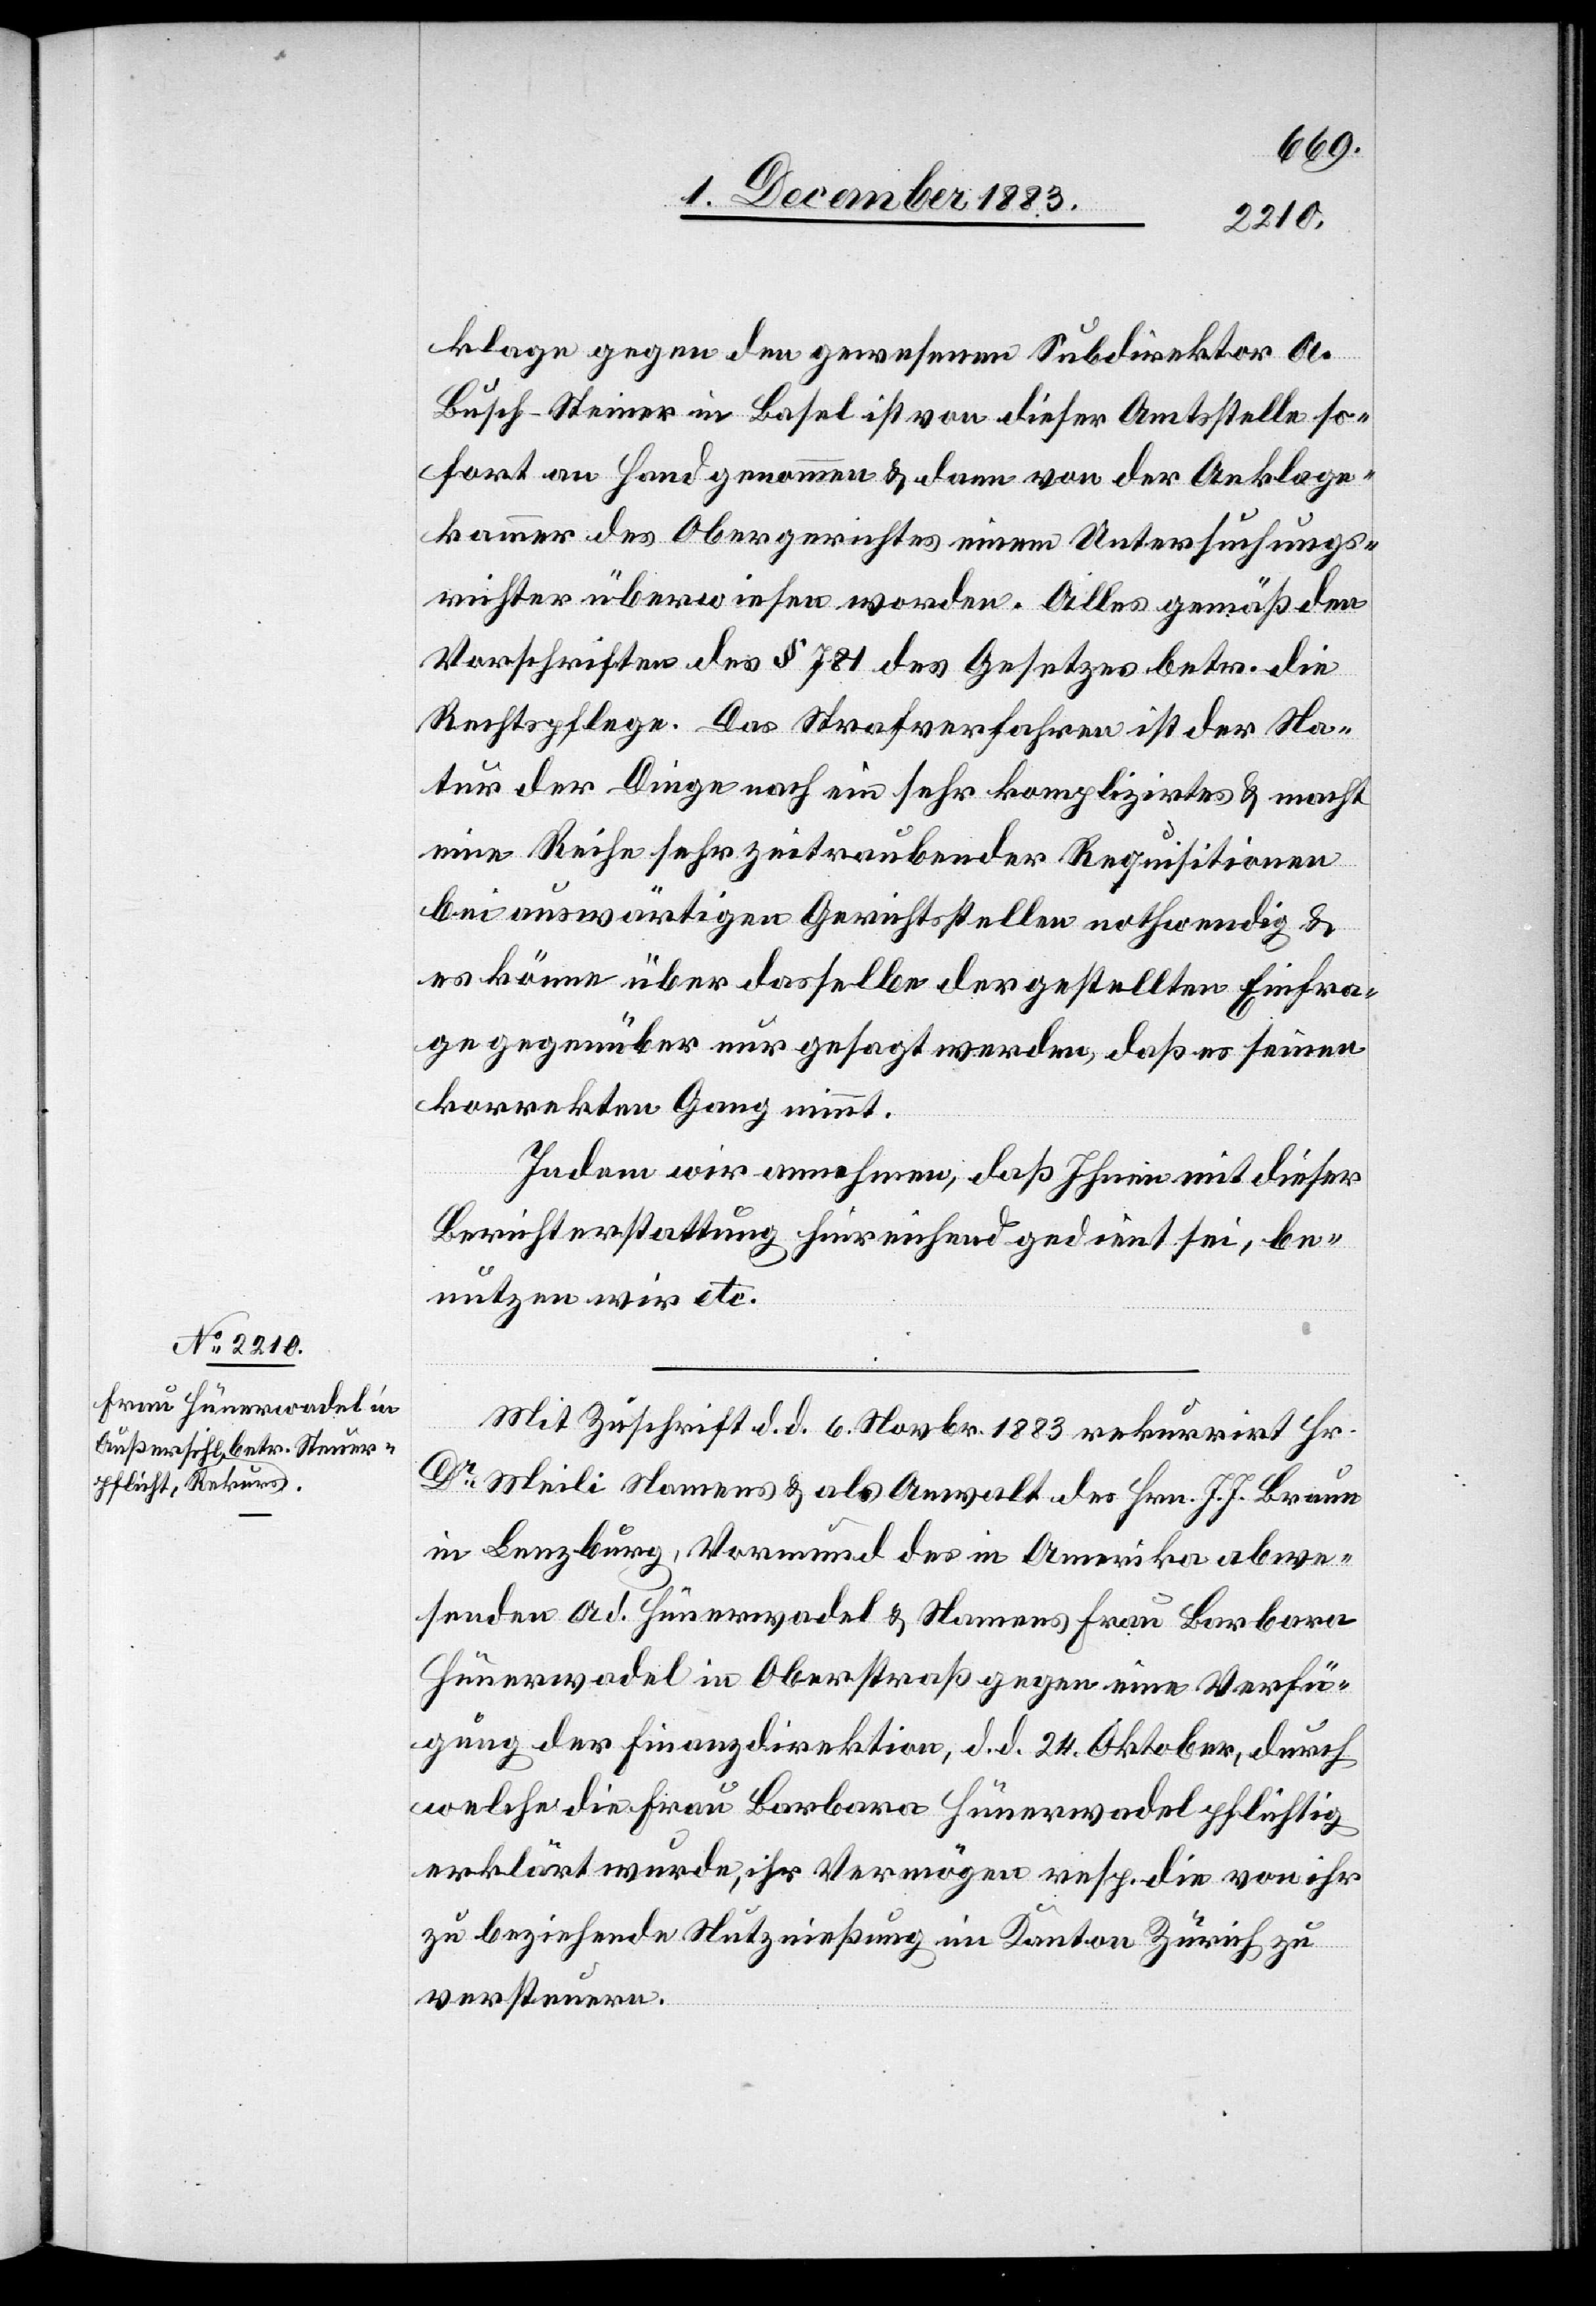
klage gegen den gewesenen Subdirektor A.
Busch-Steiner in Basel ist von dieser Amtsstelle so¬
fort an Hand genommen & dann von der Anklage¬
kammer des Obergerichtes einem Untersuchungs¬
richter überwiesen worden. Alles gemäß den
Vorschriften des § 781 des Gesetzes betr. die
Rechtspflege. Das Strafverfahren ist der Na¬
tur der Dinge nach ein sehr kompliziertes & macht
eine Reihe sehr zeitraubender Requisitionen
bei auswärtigen Gerichtsstellen nothwendig &
es könne über dasselbe der gestellten Einfra¬
ge gegenüber nur gesagt werden, daß es seinen
korrekten Gang nimmt.
Indem wir annehmen, daß Ihnen mit dieser
Berichterstattung hinreichend gedient sei, be¬
nutzen wir etc.“
Mit Zuschrift d. d. 6. Novbr. 1883 rekurrirt Hr.
Dr Meili Namens & als Anwalt des Hrn. J. J. Braun
in Lenzburg, Vormund des in Amerika abwe¬
senden Ad. Hünerwadel & Namens Frau Barbara
Hünerwadel in Oberstraß gegen eine Verfü¬
gung der Finanzdirektion, d. d. 24.Oktober, durch
welche die Frau Barbara Hünerwadel pflichtig
erklärt wurde, ihr Vermögen resp. die von ihr
zu beziehende Nutznießung im Kanton Zürich zu
versteuern.